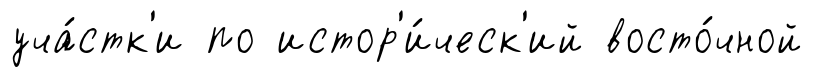
уча́стк'и по истор'и́ческ'ий восто́чной